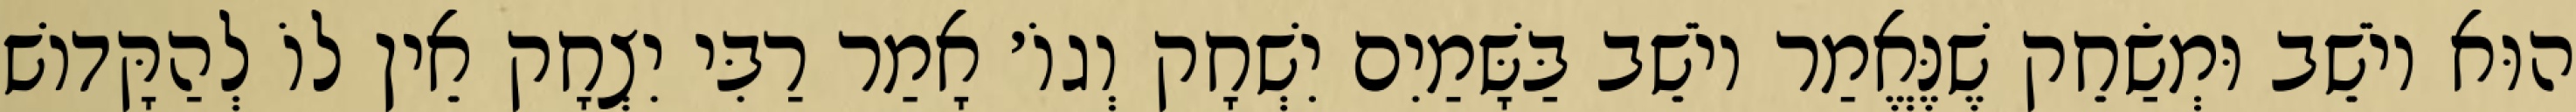
הוּא יוֹשֵׁב וּמְשַׂחֵק שֶׁנֶּאֱמַר יוֹשֵׁב בַּשָּׁמַיִם יִשְׁחָק וְגוֹ׳ אָמַר רַבִּי יִצְחָק אֵין לוֹ לְהַקָּדוֹשׁ